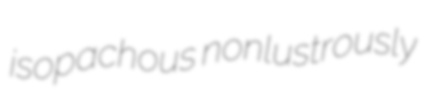
isopachous nonlustrously